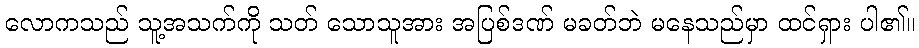
လောကသည် သူ့အသက်ကို သတ် သောသူအား အပြစ်ဒဏ် မခတ်ဘဲ မနေသည်မှာ ထင်ရှား ပါ၏။